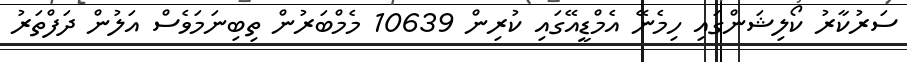
ސަރުކާރު ކޯލިޝަންގައި ހިމެނޭ އެމްޑީއޭގައި ކުރިން 10639 މެމްބަރުން ތިބިނަމަވެސް އަލުން ދަފްތަރު